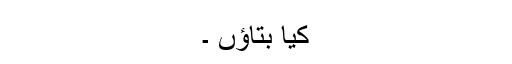
کیا بتاؤں ۔